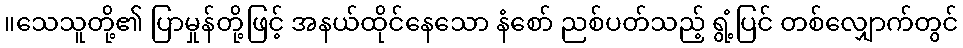
။သေသူတို့၏ ပြာမှုန်တို့ဖြင့် အနယ်ထိုင်နေသော နံစော် ညစ်ပတ်သည့် ရွံ့ပြင် တစ်လျှောက်တွင်